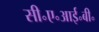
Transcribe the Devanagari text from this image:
सी॰ए॰आई॰बी॰